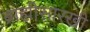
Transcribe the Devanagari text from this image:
ब्राह्मीसारखी